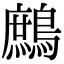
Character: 鷓